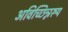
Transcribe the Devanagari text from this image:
अविच्छिन्नरूप